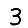
Digit: 3